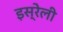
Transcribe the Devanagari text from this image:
इस्रेली